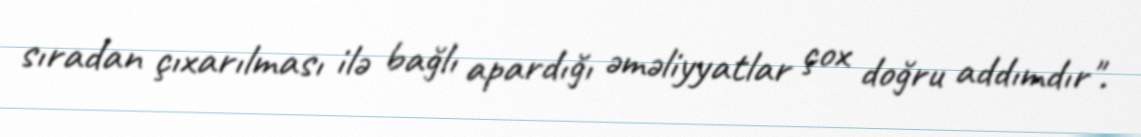
sıradan çıxarılması ilə bağlı apardığı əməliyyatlar çox doğru addımdır".